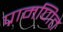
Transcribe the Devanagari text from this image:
प्रामणित